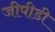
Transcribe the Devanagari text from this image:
जीपीडी